Supplement to the account of plague administration in the Bombay Presidency from September 1896 till May 1897
Year: 1896
Disease focus: Plague
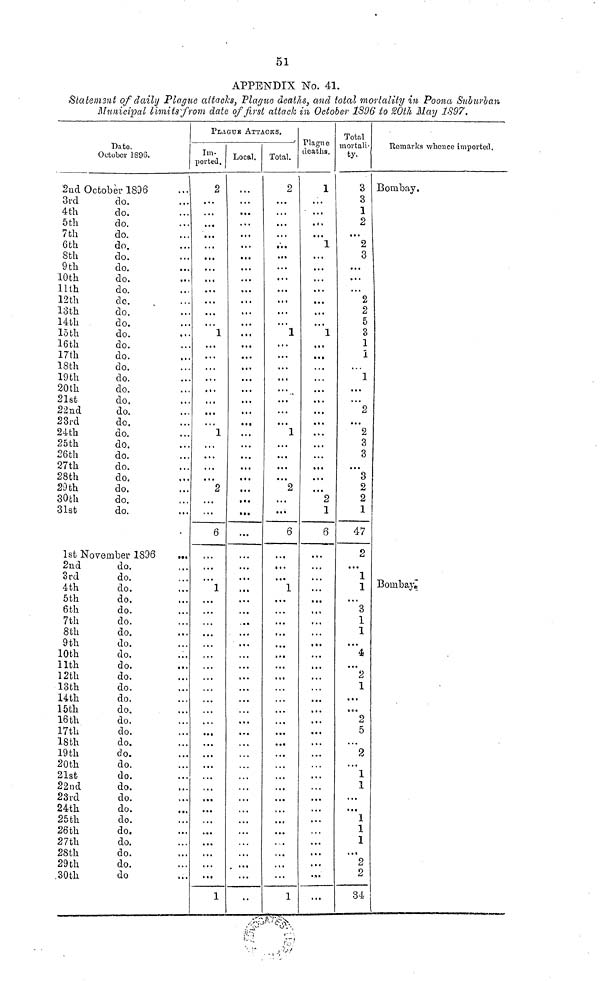
51
APPENDIX No. 41.
Statement of daily Plague attacks, Plague deaths, and total mortality in Poona Suburban
Municipal limits from date of first attack in October 1S96 to 20th May 1897.
Dato.
October 1896.
2nd October 1896
3rd
4th
5th
7th
6th
8th
9 th
10th
11th
12th
13th
14th
15th
16th
17th
18th
19th
20th
21st
22nd
23rd
24th
25th
26th
27th
28th
29th
30th
31st
do.
do.
do.
do.
do.
do.
do.
do.
do.
do.
do.
do.
do.
do.
do.
do.
do.
do.
do.
do.
do.
do.
do.
do.
do.
do.
do.
do.
do.
1st November 1896
2nd
3rd
4th
5th
6th
7th
8th
9th
10th
11th
12th
13th
14th
15th
16th
17th
18th
19th
20th
21st
22nd
23rd
24th
25th
26th
27th
28th
29th
30th
do.
do.
do.
do.
do.
do.
do.
do.
do.
do.
do.
do.
do.
do.
do.
do.
do.
do.
do.
do.
do.
do.
do.
do.
do.
do.
do.
do.
do
...
...
...
...
...
...
...
...
...
...
...
...
...
...
...
...
...
...
...
...
...
...
...
...
...
...
•••
...
...
...
...
...
...
...
...
...
...
...
...
...
...
...
...
...
...
• • •
...
...
...
...
...
...
...
...
...
PLAGUE ATTACKS.
Im-
ported.
2
...
...
• ••
...
...
...
• • «
• •.
...
...
• . a
1
...
...
...
...
...
...
...
...
1
...
...
...
2
...
...
6
...
1
...
...
...
...
...
...
...
...
...
...
...
...
...
...
...
...
...
...
...
...
...
...
...
...
...
...
1
Local.
.....
...
• < •
...
...
• •*
...
...
...
...
...
...
...
...
...
...
...
...
...
...
...
...
...
• •a
• *•
...
...
• ••
...
. a .
• a a
...
• «•
. a .
...
...
...
...
...
...
• • •
...
...
...
...
...
...
...
...
...
. • .
...
...
..
Total.
2
...
...
...
...
...
...
...
...
...
...
...
1
...
...
...
...
...•
...
...
...
1
...
.. a
...
...
2
...
...
6
• a a
...
....
...
...
a ..
....
...
...
...
...
...
...
...
...
...
...
...
...
...
...
..,
...
...
...
...
...
1
Plague
deaths.
1
...
a. •
a « •
...
1
...
...
...
a a >
...
...
...
...
...
...
...
...
...
. a .
...
. a a
...
...
...
...
• « •
...
2
1
6
...
...
a . .
...
...
...
...
...
a. .
...
...
...
...
...
...
...
. . .
...
...
...
a . .
...
...
...
...
...
...
a ••
Total
mortali-
ty.
3
3
1
2
...
2
3
...
...
...
2
2
5
3
1
1
...
1
...
...
2
...
2
3
3
...
3
2
2
1
47
2
...
1
1
...
3
1
1
...
4
...
2
1
...
...
2
5
...
2
...
1
1
...
...
1
1
1
a. •
2
2
34
Remarks whence imported.
Bombay.
Bombay.